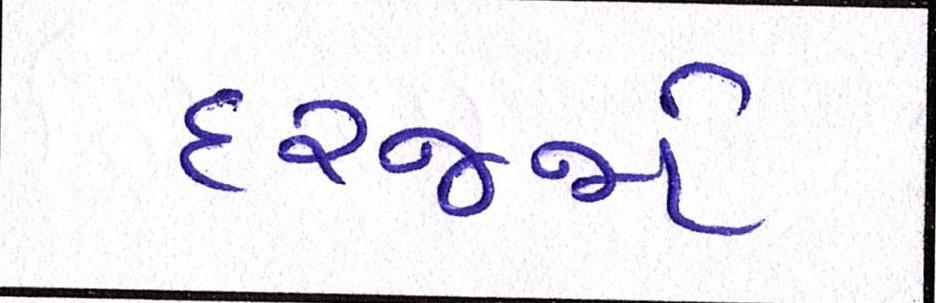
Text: દરજ્જો